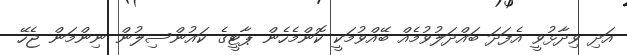
އަދި ވިދާޅުވީ އެފަދަ ބައްދަލުވުމެއް ބޭއްވުމަކީ ކޮންމެހެން ޕާޓީގެ ކައުންސިލުން ނިންމަން ޖެހޭ